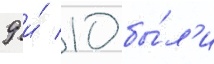
9 и́ 10 бы́л'и